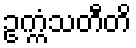
ဥက္ကံသတီတိ